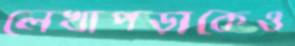
লেখাপড়াকেও